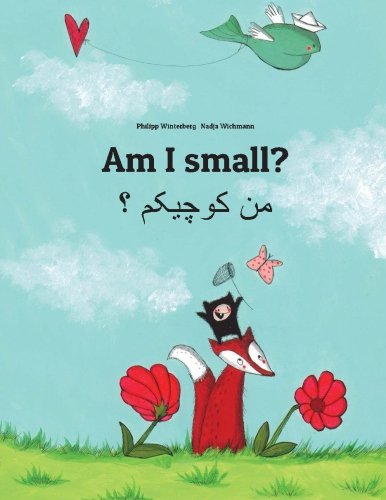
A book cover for Am I small? Men kewecheakem?: Children's Picture Book English-Persian/Farsi (Dual Language/Bilingual Edition); Philipp Winterberg; Children's Books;